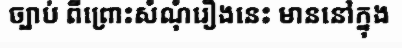
ច្បាប់ ពីព្រោះសំណុំរឿងនេះ មាននៅក្នុង